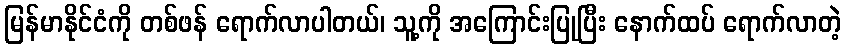
မြန်မာနိုင်ငံကို တစ်ဖန် ရောက်လာပါတယ်၊ သူ့ကို အကြောင်းပြုပြီး နောက်ထပ် ရောက်လာတဲ့